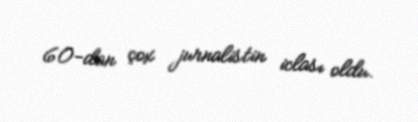
60-dan çox jurnalistin iclası oldu.